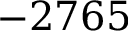
- 2 7 6 5